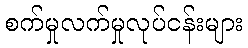
စက်မှုလက်မှုလုပ်ငန်းများ